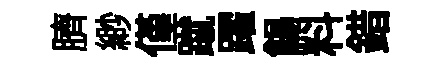
臍緲僅蹴躍餳料錯